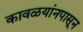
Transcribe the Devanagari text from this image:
कावळयांनपासून